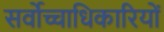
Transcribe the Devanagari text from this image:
सर्वोच्चाधिकारियों